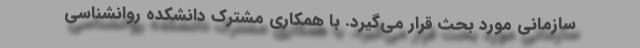
سازماني مورد بحث قرار مي‌گيرد. با همکاری مشترک دانشکده روانشناسی